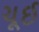
ચૂઈ